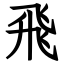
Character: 飛